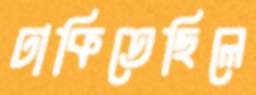
ঢাকিতেছিলে